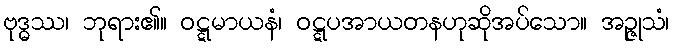
ဗုဒ္ဓဿ၊ ဘုရား၏။ ဝဋ္ဋမာယနံ၊ ဝဋ္ဋပအာယတနဟုဆိုအပ်သော။ အဉ္ဇုသံ၊